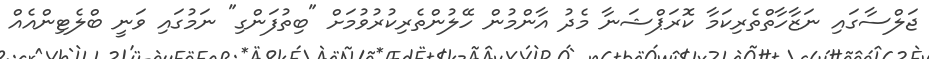
ޖަލްސާގައި ނަޒާހާތްތެރިކަމާ ކޮރަޕްޝަނާ މެދު އާންމުން ހޭލުންތެރިކުރުވުމަށް "ބިތުފަންގި" ނަމުގައި ވަނީ ބްލެޓިންއެއް